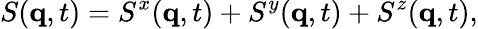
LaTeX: S(\mathbf{q},t)=S^{x}(\mathbf{q},t)+S^{y}(\mathbf{q},t)+S^{z}(\mathbf{q},t),